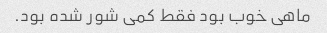
ماهی خوب بود فقط کمی شور شده بود.